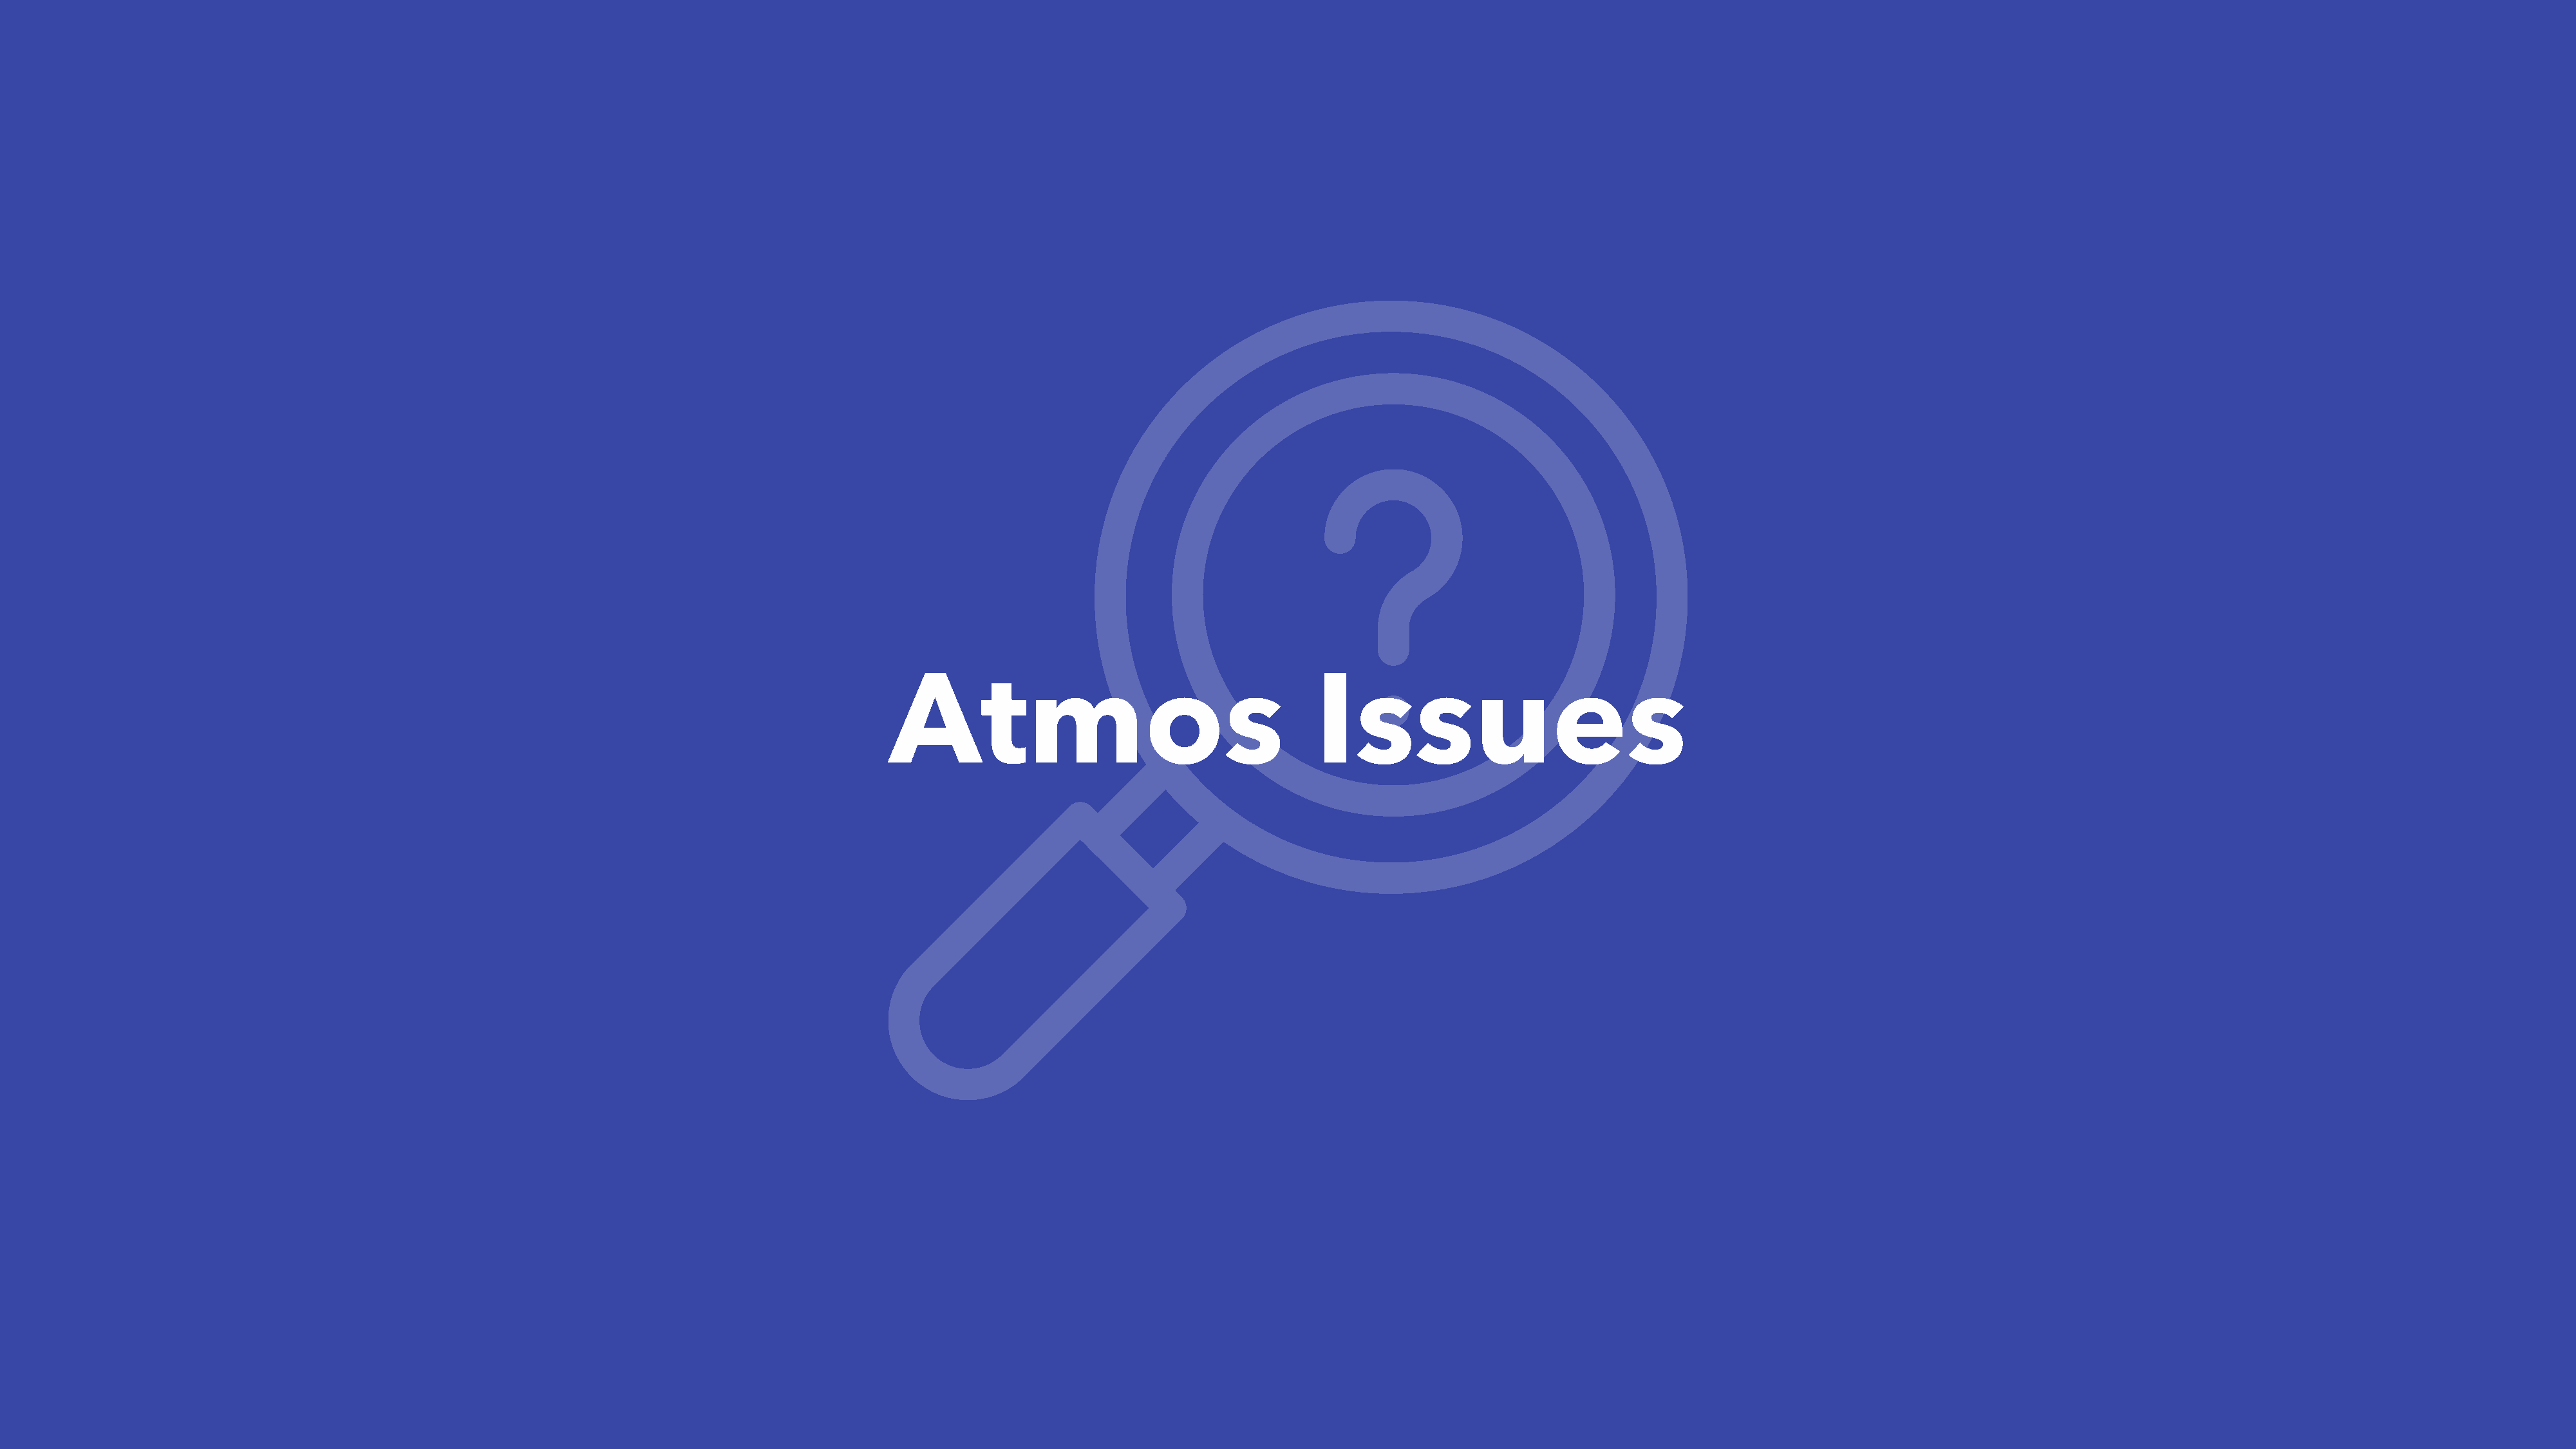
Atmos                                       Issues